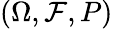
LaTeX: (\Omega,{\mathcal{F}},P)